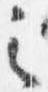
之